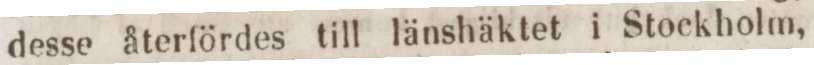
desse återfördes till länshäktet i Stockholm,